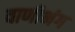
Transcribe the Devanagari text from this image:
वाणीभंग